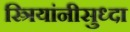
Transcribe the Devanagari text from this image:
स्त्रियांनीसुध्दा